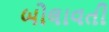
બોલાવતી